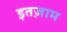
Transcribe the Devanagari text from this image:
इतज़ाम